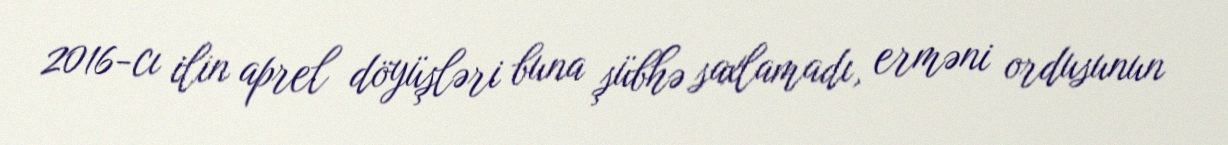
2016-cı ilin aprel döyüşləri buna şübhə saxlamadı, erməni ordusunun